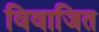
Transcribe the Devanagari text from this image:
विवाजित